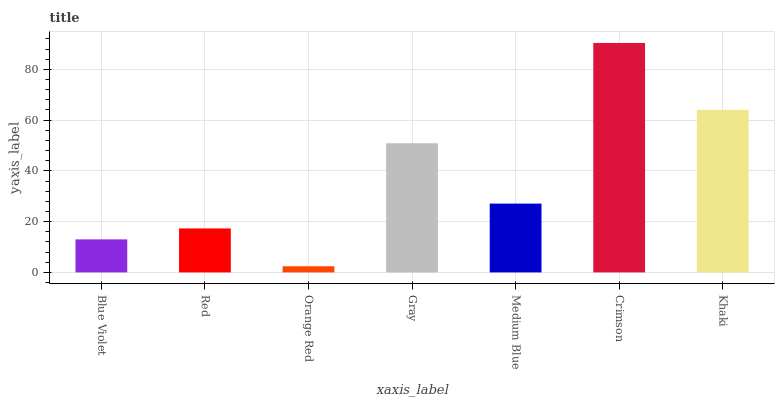
| xaxis_label | bars |
 | --- | --- |
 | Blue Violet | 13 |
 | Red | 17.3 |
 | Orange Red | 2.42 |
 | Gray | 50.9 |
 | Medium Blue | 27.1 |
 | Crimson | 90.4 |
 | Khaki | 64 |